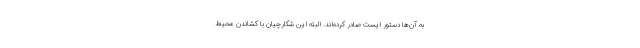
به آن‌ها دستور ایست صادر کرده‌اند. البته این شکارچیان با کشاندن محیط